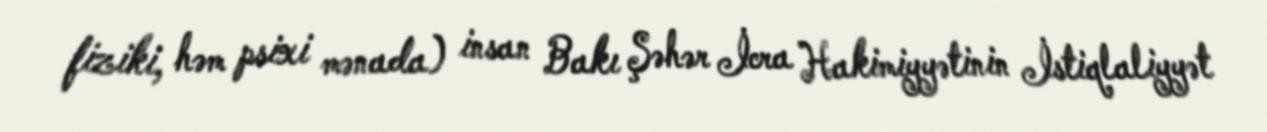
fiziki, həm psixi mənada) insan Bakı Şəhər İcra Hakimiyyətinin İstiqlaliyyət